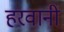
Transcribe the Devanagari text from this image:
हरवानी